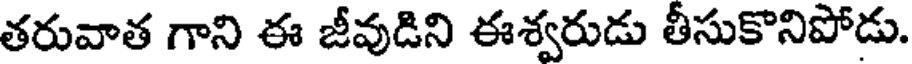
తరువాత గాని ఈ జీవుడిని ఈశ్వరుడు తీసుకొనిపోడు.